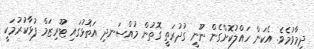
ދިމާވުމެވެ. އެކަން ހައްލުކޮށްގެން ނޫނީ ގުދުރަތީ ގޮތުން މުއްސަނދި އަތޮޅުގައި ޓޫރިޒަމް ފުޅާކުރުމަކީ